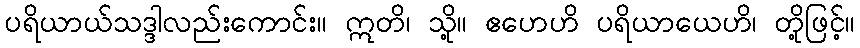
ပရိယာယ်သဒ္ဒါလည်းကောင်း။ ဣတိ၊ သို့။ ဧဟေဟိ ပရိယာယေဟိ၊ တို့ဖြင့်။